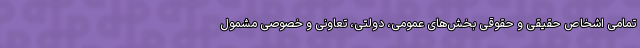
تمامی ‌اشخاص حقیقی و حقوقی بخش‌های عمومی‌، دولتی، تعاونی و خصوصی مشمول